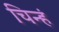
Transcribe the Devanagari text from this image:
चिन्हं